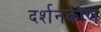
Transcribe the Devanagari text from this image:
दर्शनकोण